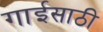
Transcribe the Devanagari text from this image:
गाईसाठी